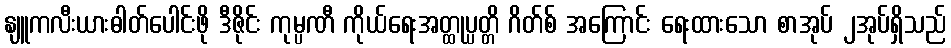
နျူကလီးယားဓါတ်ပေါင်းဖို ဒီဇိုင်း ကုမ္ပဏီ ကိုယ်ရေးအတ္ထုပ္ပတ္တိ ဂိတ်စ် အကြောင်း ရေးထားသော စာအုပ် ၂အုပ်ရှိသည်